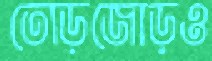
তোড়জোড়ও